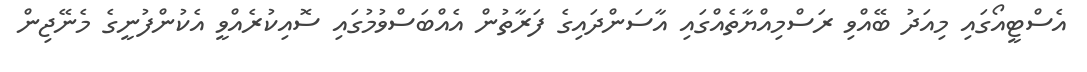
އެސްޓީއޯގައި މިއަދު ބޭއްވި ރަސްމިއްޔާތެއްގައި އާސަންދައިގެ ފަރާތުން އެއްބަސްވުމުގައި ސޮއިކުރެއްވީ އެކުންފުނީގެ މެނޭޖިން